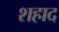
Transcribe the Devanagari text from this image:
शहाद